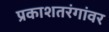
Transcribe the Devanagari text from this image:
प्रकाशतरंगांवर